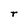
Character: r